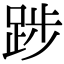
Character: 踄